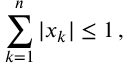
\sum _ { k = 1 } ^ { n } | x _ { k } | \leq 1 \, ,